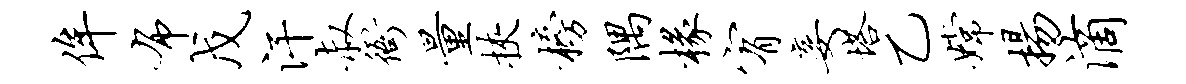
侔布戊汗叔衙量挟榜隅椽宥妾塔乙嫦扬滴